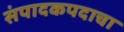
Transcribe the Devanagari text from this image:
संपादकपदाचा